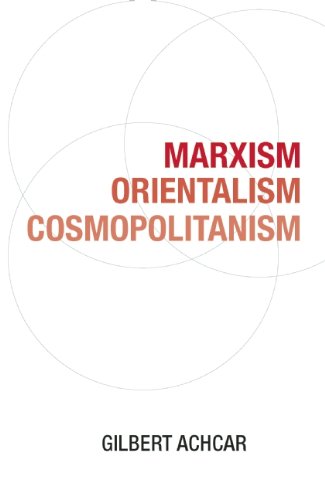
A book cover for Marxism, Orientalism, Cosmopolitanism; Gilbert Achcar; Literature & Fiction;